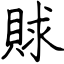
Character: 賕